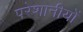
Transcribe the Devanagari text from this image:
परेशानीयों